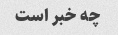
چه خبر است